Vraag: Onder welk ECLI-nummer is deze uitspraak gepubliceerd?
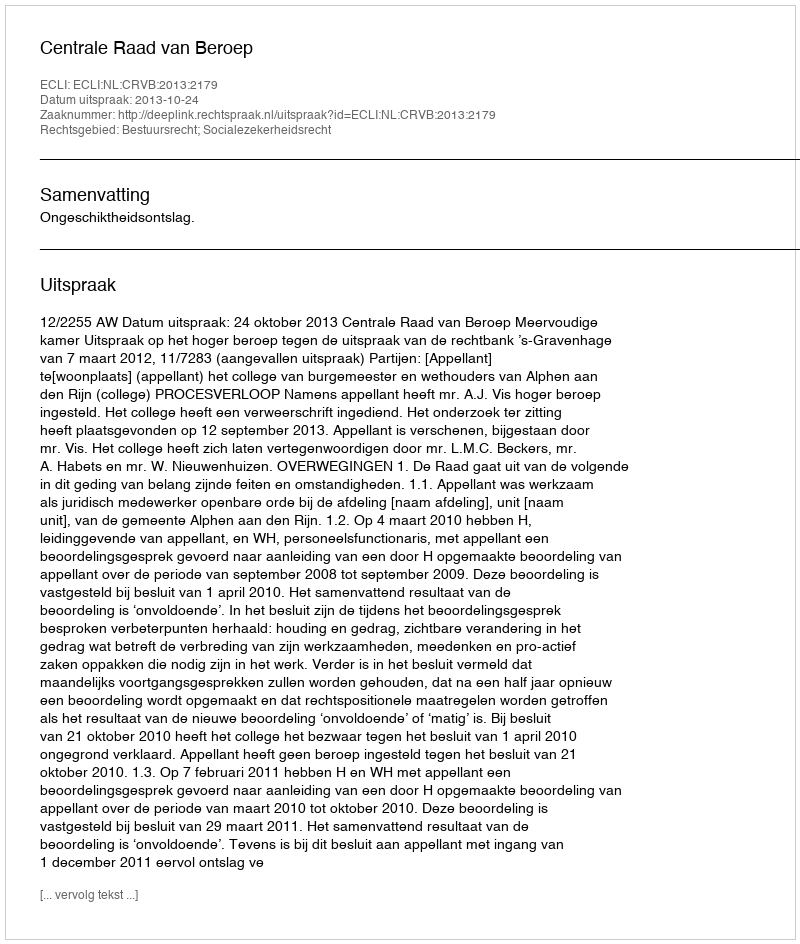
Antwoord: ECLI:NL:CRVB:2013:2179